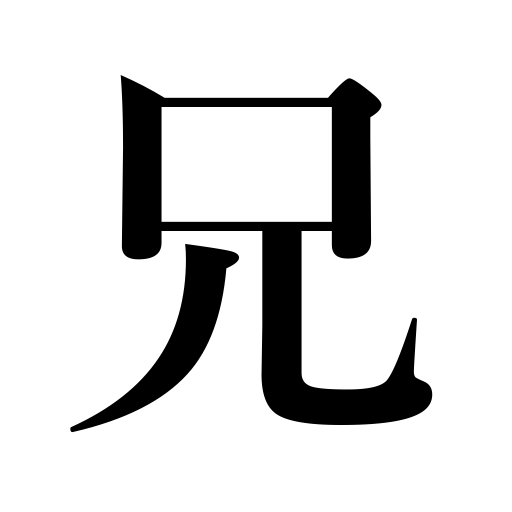
Meanings: you,elder brother,brother